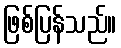
ဖြစ်ပြန်သည်။